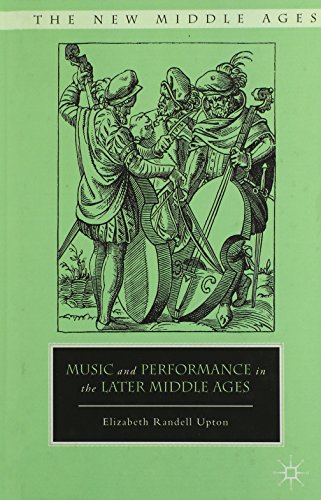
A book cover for Music and Performance in the Later Middle Ages (The New Middle Ages); Elizabeth Randell Upton; Literature & Fiction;